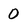
Character: 0